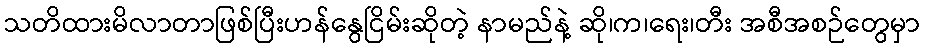
သတိထားမိလာတာဖြစ်ပြီးဟန်နွေငြိမ်းဆိုတဲ့ နာမည်နဲ့ ဆို၊က၊ရေး၊တီး အစီအစဉ်တွေမှာ